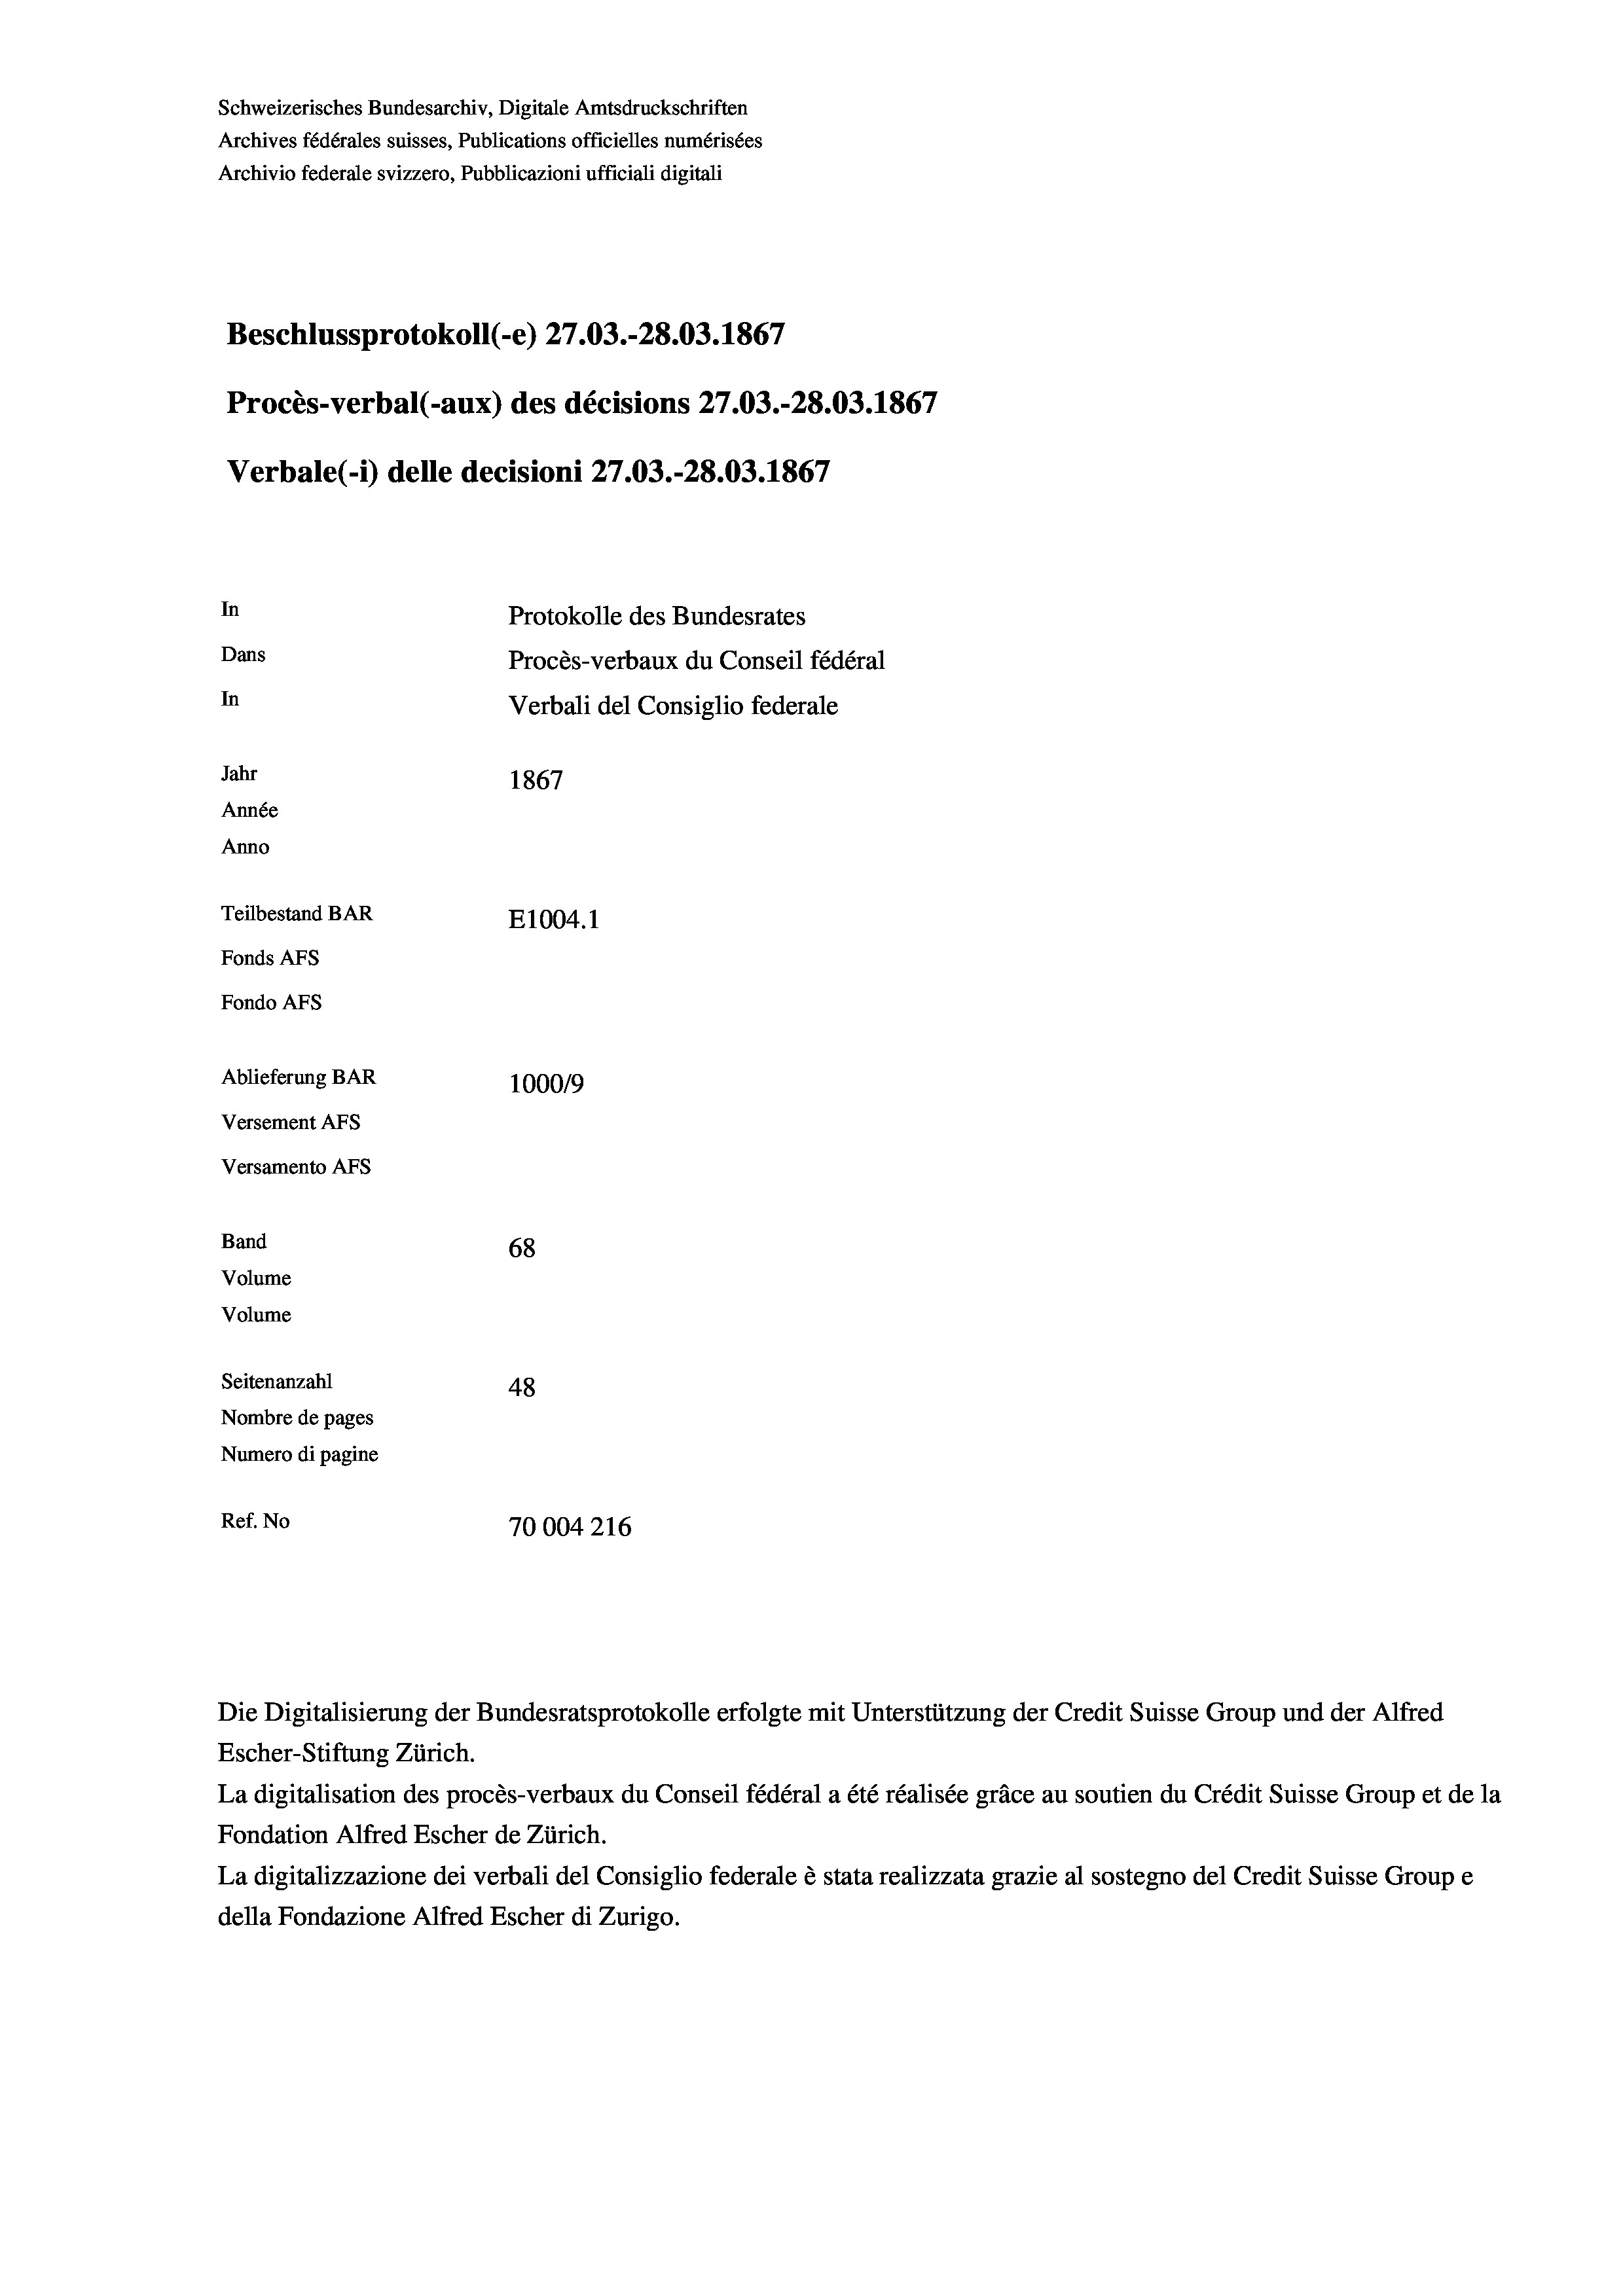
Schweizerisches Bundesarchiv, Digitale Amtsdruckschriften
Archives fédérales suisses, Publications officielles numérisées
Archivio federale svizzero, Pubblicazioni ufficiali digitali
Beschlussprotokoll (-e) 27.03.-28.03. 1867
Procès-verbal (-aux) des décisions 27.03.-28.03. 1867
Verbale (- 1) delle decisioni 27.03.-28.03. 1867
In
Protokolle des Bundesrates
Dans
Procès-verbaux du Conseil fédéral
In
Verbali del Consiglio federale
Jahr
1867
Année
Anno
Teilbestand BAR
E1004.1
Fonds AFs
Fondo AFS
Ablieferung BAR
100019
Versement AFs
Versamento AFs
Band
68
Volume
Volume

Seitenanzahl
48
Nombre de pages
Numero di pagine
Ref. No
70004216

Escher-Stiftung Zürich.
La digitalisation des procès-verbaux du Conseil fédéral a été réalisée gräce au soutien du Crédit Suisse Group et de la
Fondation Alfred Escher de Zürich.
La digitalizzazione dei verbali del Consiglio federale è stata realizzata grazie al sostegno del Credit Suisse Groupe
della Fondazione Alfred Escher di Zurigo.

Die Digitalisierung der Bundesratsprotokolle erfolgte mit Unterstützung der Credit Suisse Group und der Alfred